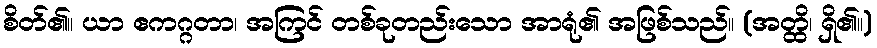
စိတ်၏။ ယာ ဧကဂ္ဂတာ၊ အကြင် တစ်ခုတည်းသော အာရုံ၏ အဖြစ်သည်။ (အတ္ထိ၊ ရှိ၏။)